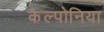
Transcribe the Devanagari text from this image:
कैल्पोनिया